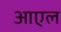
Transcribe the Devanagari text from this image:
आएल